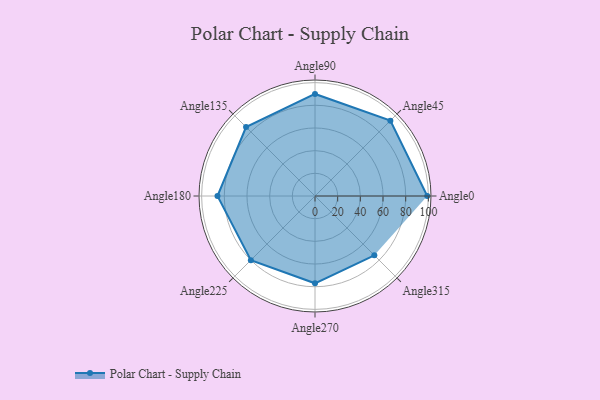
{"axis": {"x": "Angle", "y": "Radius"}, "legend": [""], "data": [{"x": "Angle0", "y": 99.0, "type": ""}, {"x": "Angle45", "y": 94.0, "type": ""}, {"x": "Angle90", "y": 90.0, "type": ""}, {"x": "Angle135", "y": 86.0, "type": ""}, {"x": "Angle180", "y": 86.0, "type": ""}, {"x": "Angle225", "y": 80.0, "type": ""}, {"x": "Angle270", "y": 77.0, "type": ""}, {"x": "Angle315", "y": 74.0, "type": ""}]}